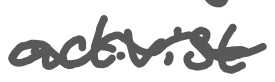
Text: activist
Cross-out: wave
Writing tool: digital_gray